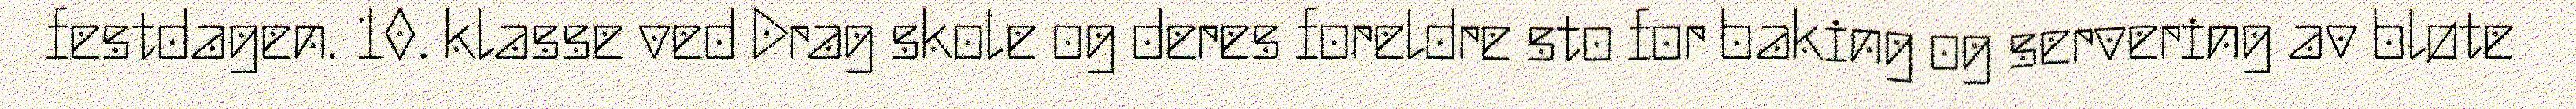
festdagen. 10. klasse ved Drag skole og deres foreldre sto for baking og servering av bløte